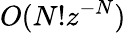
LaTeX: O(N!z^{-N})